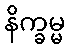
နိက္ခမ္မ